画像に写った文字を読んでください
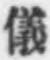
「儀」と書いてあります